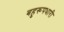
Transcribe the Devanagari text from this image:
बहुरूपधारी